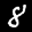
Label: 8